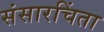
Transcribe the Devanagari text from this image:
संसारचिंता